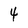
Character: 4